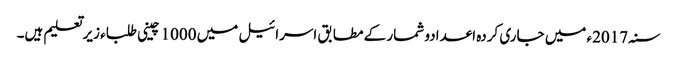
سنہ 2017ء میں جاری کردہ اعدادو شمار کے مطابق اسرائیل میں 1000 چینی طلباء زیرتعلیم ہیں۔